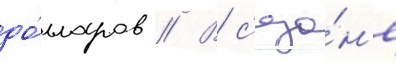
до́лларов // В с'езо́н'е